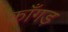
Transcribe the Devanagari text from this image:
काँगड़